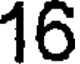
16